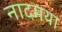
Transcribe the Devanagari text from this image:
नादमया